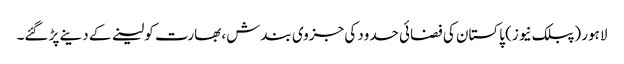
لاہور (پبلک نیوز) پاکستان کی فضائی حدود کی جزوی بندش، بھارت کو لینے کے دینے پڑ گئے۔